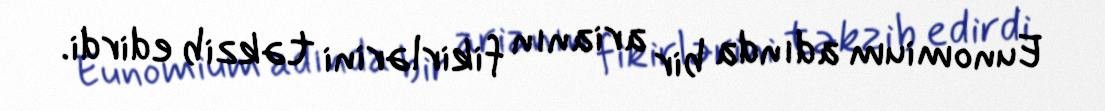
Eunomium adında bir arianın fikirlərini təkzib edirdi.